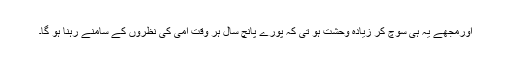
اورمجھے یہ ہی سوچ کر زیادہ وحشت ہو تی کہ پورے پانچ سال ہر وقت امی کی نظروں کے سامنے رہنا ہو گا۔